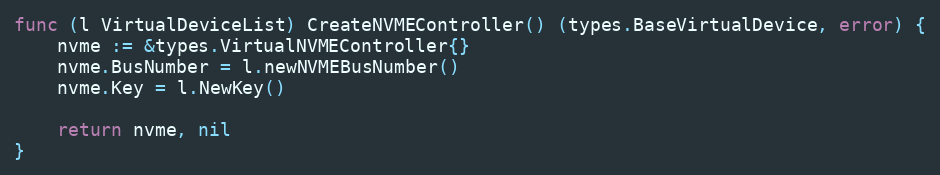
Language: Go
func (l VirtualDeviceList) CreateNVMEController() (types.BaseVirtualDevice, error) {
	nvme := &types.VirtualNVMEController{}
	nvme.BusNumber = l.newNVMEBusNumber()
	nvme.Key = l.NewKey()

	return nvme, nil
}